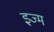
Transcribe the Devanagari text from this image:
इज्म